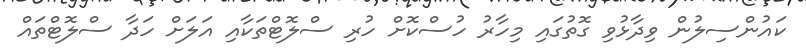
ކައުންސިލުން ވިދާޅުވި ގޮތުގައި މިހާރު ހުސްކޮށް ހުރި ސްލޮޓްތަކާއި އަލަށް ހަދާ ސްލޮޓްތައް